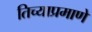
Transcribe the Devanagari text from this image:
तिच्याप्रमाणे